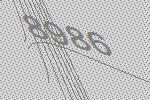
8986